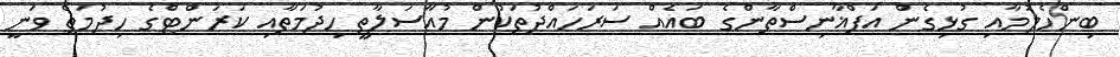
ބިންހެލުމާއި ގުޅިގެން އަފްޣާނިސްތާންގެ ބައެއް ސަރަހައްދުތަކުން މުއާސަލާތީ ހިދުމަތާއި ކަރަންޓްގެ ހިދުމަތް ވަނީ